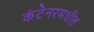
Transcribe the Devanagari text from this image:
कंटेनरमधील